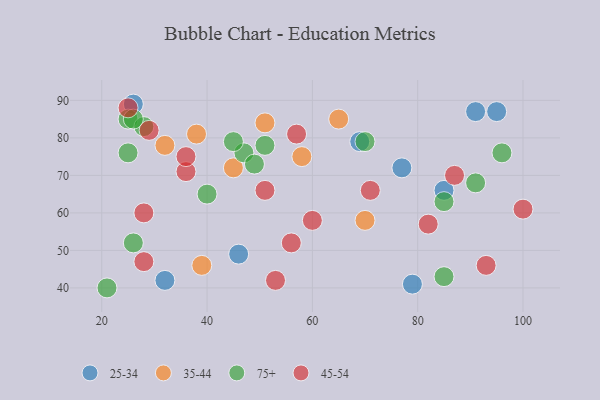
{"axis": {"x": "GDP", "y": "Life Expectancy"}, "legend": ["25-34", "35-44", "45-54", "75+"], "data": [{"x": "79", "y": 41, "type": "25-34"}, {"x": "77", "y": 72, "type": "25-34"}, {"x": "46", "y": 49, "type": "25-34"}, {"x": "26", "y": 89, "type": "25-34"}, {"x": "69", "y": 79, "type": "25-34"}, {"x": "32", "y": 42, "type": "25-34"}, {"x": "85", "y": 66, "type": "25-34"}, {"x": "95", "y": 87, "type": "25-34"}, {"x": "91", "y": 87, "type": "25-34"}, {"x": "51", "y": 84, "type": "35-44"}, {"x": "39", "y": 46, "type": "35-44"}, {"x": "32", "y": 78, "type": "35-44"}, {"x": "45", "y": 72, "type": "35-44"}, {"x": "65", "y": 85, "type": "35-44"}, {"x": "58", "y": 75, "type": "35-44"}, {"x": "38", "y": 81, "type": "35-44"}, {"x": "70", "y": 58, "type": "35-44"}, {"x": "25", "y": 85, "type": "75+"}, {"x": "85", "y": 43, "type": "75+"}, {"x": "28", "y": 83, "type": "75+"}, {"x": "40", "y": 65, "type": "75+"}, {"x": "91", "y": 68, "type": "75+"}, {"x": "47", "y": 76, "type": "75+"}, {"x": "96", "y": 76, "type": "75+"}, {"x": "45", "y": 79, "type": "75+"}, {"x": "49", "y": 73, "type": "75+"}, {"x": "51", "y": 78, "type": "75+"}, {"x": "26", "y": 85, "type": "75+"}, {"x": "70", "y": 79, "type": "75+"}, {"x": "85", "y": 63, "type": "75+"}, {"x": "25", "y": 76, "type": "75+"}, {"x": "26", "y": 52, "type": "75+"}, {"x": "21", "y": 40, "type": "75+"}, {"x": "36", "y": 71, "type": "45-54"}, {"x": "53", "y": 42, "type": "45-54"}, {"x": "28", "y": 47, "type": "45-54"}, {"x": "93", "y": 46, "type": "45-54"}, {"x": "36", "y": 75, "type": "45-54"}, {"x": "29", "y": 82, "type": "45-54"}, {"x": "82", "y": 57, "type": "45-54"}, {"x": "25", "y": 88, "type": "45-54"}, {"x": "28", "y": 60, "type": "45-54"}, {"x": "71", "y": 66, "type": "45-54"}, {"x": "56", "y": 52, "type": "45-54"}, {"x": "51", "y": 66, "type": "45-54"}, {"x": "100", "y": 61, "type": "45-54"}, {"x": "57", "y": 81, "type": "45-54"}, {"x": "87", "y": 70, "type": "45-54"}, {"x": "60", "y": 58, "type": "45-54"}]}